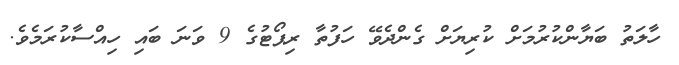
ހާލަތު ބަޔާންކުރުމަށް ކުރިޔަށް ގެންދެވޭ ހަފުތާ ރިޕޯޓުގެ 9 ވަނަ ބައި ހިއްސާކުރަމެވެ.